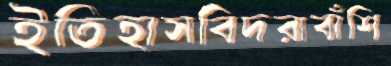
ইতিহাসবিদরাবাঁশি